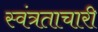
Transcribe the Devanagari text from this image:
स्वंत्रताचारी